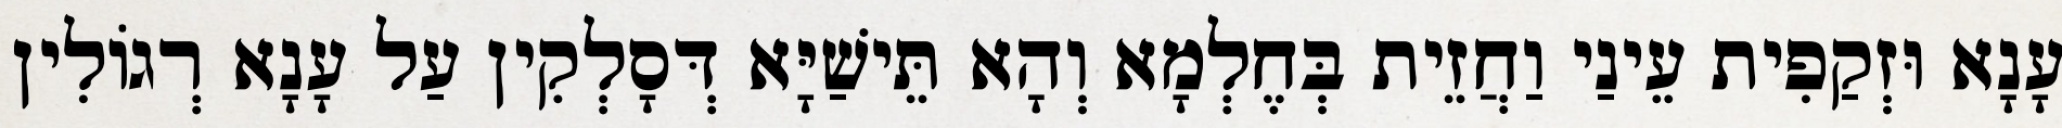
עָנָא וּזְקַפִית עֵינַי וַחֲזֵית בְּחֶלְמָא וְהָא תֵּישַׁיָּא דְּסָלְקִין עַל עָנָא רְגוֹלִין